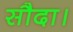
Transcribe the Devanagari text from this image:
सौदा।